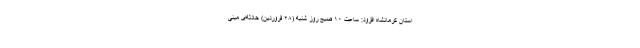
استان کرمانشاه افزود: ساعت ۱۰ صبح روز شنبه (۲۸ فروردین) حادثه‌ای مبنی